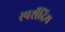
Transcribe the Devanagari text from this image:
स्पर्शेंद्रिय